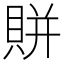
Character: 賆